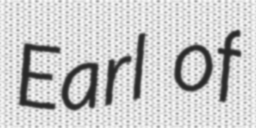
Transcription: Earl of